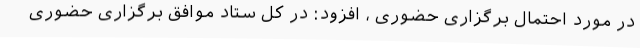
در مورد احتمال برگزاری حضوری ، افزود: در کل ستاد موافق برگزاری حضوری